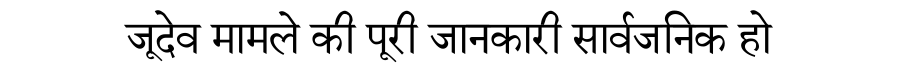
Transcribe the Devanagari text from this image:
जूदेव मामले की पूरी जानकारी सार्वजनिक हो